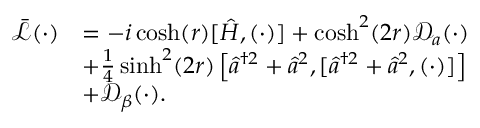
\begin{array} { r l } { \bar { \mathcal L } ( \cdot ) } & { = - i \cosh ( r ) [ \hat { H } , ( \cdot ) ] + \cosh ^ { 2 } ( 2 r ) \mathcal D _ { a } ( \cdot ) } \\ & { + \frac { 1 } { 4 } \sinh ^ { 2 } ( 2 r ) \left[ \hat { a } ^ { \dagger 2 } + \hat { a } ^ { 2 } , [ \hat { a } ^ { \dagger 2 } + \hat { a } ^ { 2 } , ( \cdot ) ] \right] } \\ & { + \mathcal D _ { \beta } ( \cdot ) . } \end{array}